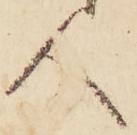
人